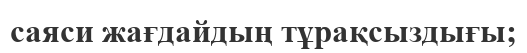
саяси жағдайдың тұрақсыздығы;